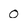
Character: 0